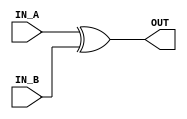
`default_nettype none

module xor2 (
        input wire IN_A,
        input wire IN_B,
        output wire OUT
);

    assign OUT = IN_A ^ IN_B;

endmodule